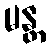
မန္တ